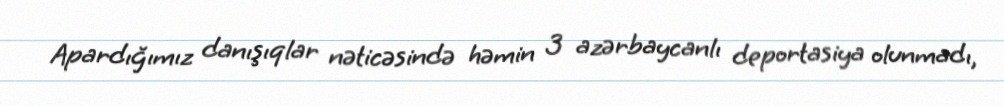
Apardığımız danışıqlar nəticəsində həmin 3 azərbaycanlı deportasiya olunmadı,